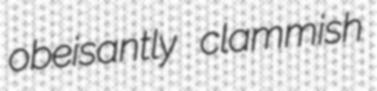
obeisantly clammish